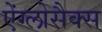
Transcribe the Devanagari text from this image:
ऐंग्लोसैक्स